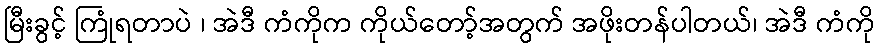
မြီးခွင့် ကြုံရတာပဲ ၊ အဲဒီ ကံကိုက ကိုယ်တော့်အတွက် အဖိုးတန်ပါတယ်၊ အဲဒီ ကံကို